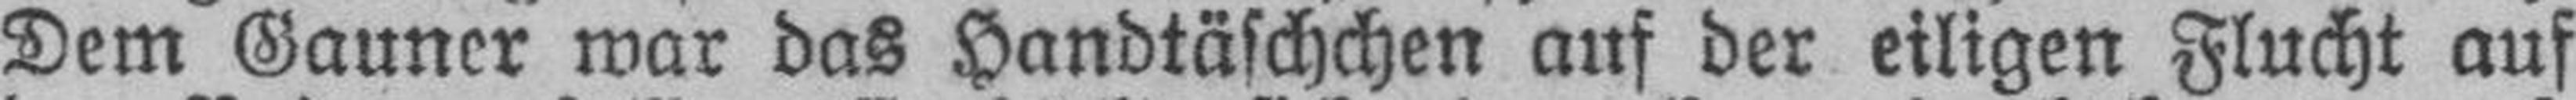
Dem Gauner war das Handtäschchen auf der eiligen Flucht auf